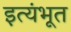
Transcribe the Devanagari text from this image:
इत्यंभूत